Indian journal of veterinary science and animal husbandry - Volume 8,
Year: 1938
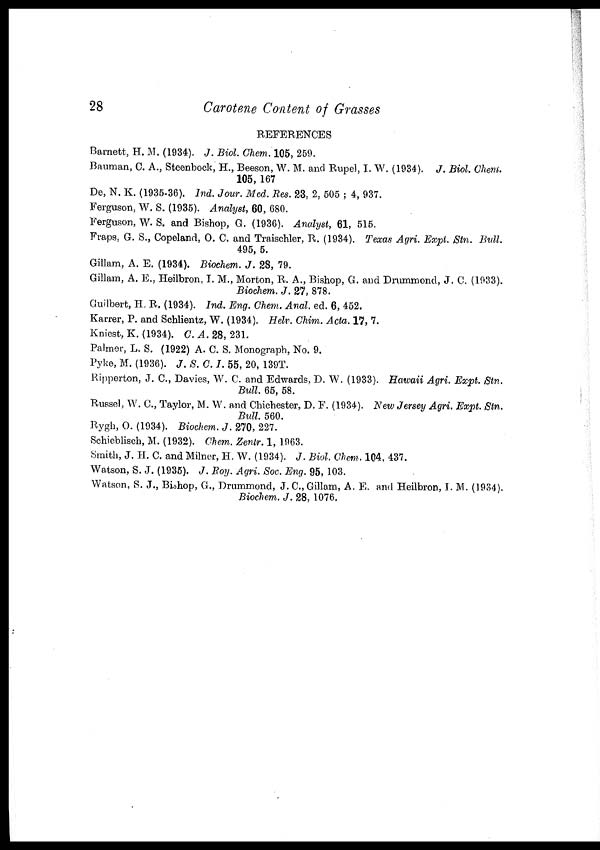
28
Carotene Content of Grasses
REFERENCES
Barnett, H. M. (1934). J. Biol. Chem. 105, 259.
Bauman, C. A., Steenbock, H., Beeson, W. M. and Rupel, I. W. (1934). J. Biol. Chem.
105, 167
De, N. K. (1935-36). Ind. Jour. Med. Res. 23, 2, 505 ; 4, 937.
Ferguson, W. S. (1935). Analyst, 60, 680.
Ferguson, W. S. and Bishop, G. (1936). Analyst, 61, 515.
Fraps, G. S., Copeland, O. C. and Traischler, R. (1934). Texas Agri. Expt. Stn. Bull.
495, 5.
Gillam, A. E. (1934). Biochem. J. 28, 79.
Gillam, A. E., Heilbron, I. M., Morton, R. A., Bishop, G. and Drummond, J. C. (1933).
Biochem. J. 27, 878.
Guilbert, H. R. (1934). Ind. Eng. Chem. Anal. ed. 6, 452.
Karrer, P. and Schlientz, W. (1934). Helv. Chim. Acta. 17, 7.
Kniest, K. (1934). C. A. 28, 231.
Palmer, L. S. (1922) A. C. S. Monograph, No. 9.
Pyke, M. (1936). J. S. C. I. 55, 20, 139T.
Ripperton, J. C., Davies, W. C. and Edwards, D. W. (1933). Hawaii Agri. Expt. Stn.
Bull. 65, 58.
Russel, W. C., Taylor, M. W. and Chichester, D. F. (1934). New Jersey Agri. Expt. Stn.
Bull. 560.
Rygh, O. (1934). Biochem. J. 270, 227.
Schieblisch, M. (1932). Chem. Zentr. 1, 1963.
Smith, J. H. C. and Milner, H. W. (1934). J. Biol. Chem. 104, 437.
Watson, S. J. (1935). J. Roy. Agri. Soc. Eng. 95, 103.
Watson, S. J., Bishop, G., Drummond, J. C., Gillam, A. E. and Heilbron, I. M. (1934).
Biochem. J. 28, 1076.